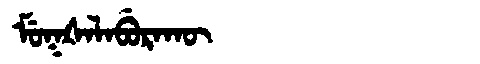
Manchu: ᠮᡠᡴᡧᠠᠯᠠᠪᡠᡵᠠᡴᡡ
Romanization: MUKŠALABURAKŪ